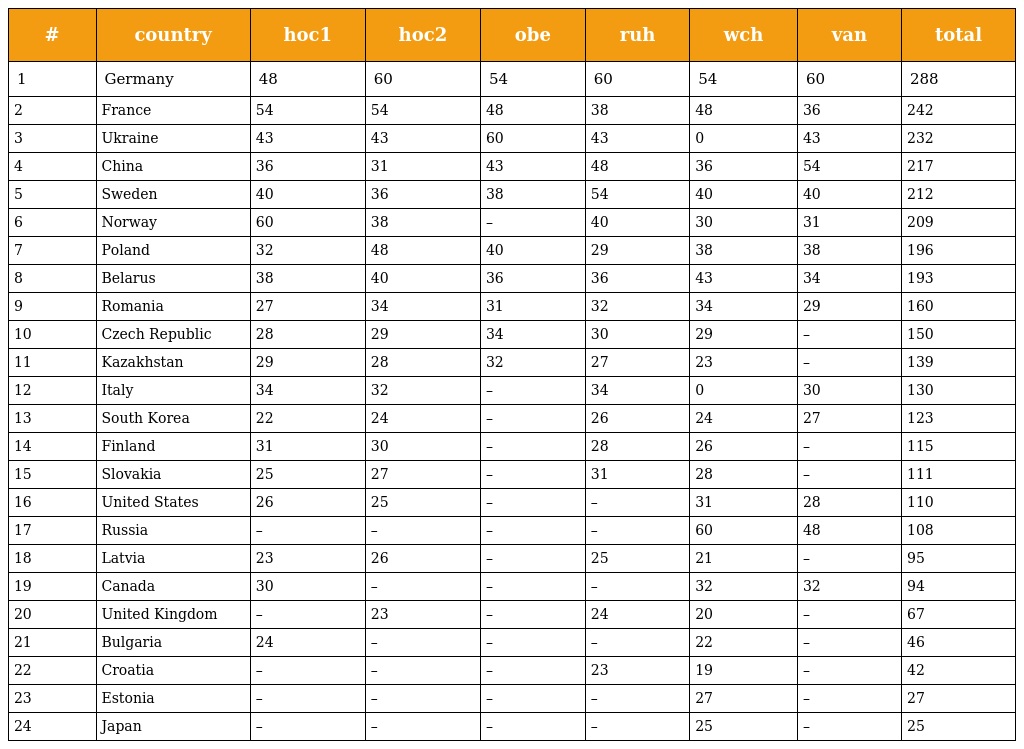
| # | country | hoc1 | hoc2 | obe | ruh | wch | van | total |
 | --- | --- | --- | --- | --- | --- | --- | --- | --- |
 | 1 | Germany | 48 | 60 | 54 | 60 | 54 | 60 | 288 |
 | 2 | France | 54 | 54 | 48 | 38 | 48 | 36 | 242 |
 | 3 | Ukraine | 43 | 43 | 60 | 43 | 0 | 43 | 232 |
 | 4 | China | 36 | 31 | 43 | 48 | 36 | 54 | 217 |
 | 5 | Sweden | 40 | 36 | 38 | 54 | 40 | 40 | 212 |
 | 6 | Norway | 60 | 38 | – | 40 | 30 | 31 | 209 |
 | 7 | Poland | 32 | 48 | 40 | 29 | 38 | 38 | 196 |
 | 8 | Belarus | 38 | 40 | 36 | 36 | 43 | 34 | 193 |
 | 9 | Romania | 27 | 34 | 31 | 32 | 34 | 29 | 160 |
 | 10 | Czech Republic | 28 | 29 | 34 | 30 | 29 | – | 150 |
 | 11 | Kazakhstan | 29 | 28 | 32 | 27 | 23 | – | 139 |
 | 12 | Italy | 34 | 32 | – | 34 | 0 | 30 | 130 |
 | 13 | South Korea | 22 | 24 | – | 26 | 24 | 27 | 123 |
 | 14 | Finland | 31 | 30 | – | 28 | 26 | – | 115 |
 | 15 | Slovakia | 25 | 27 | – | 31 | 28 | – | 111 |
 | 16 | United States | 26 | 25 | – | – | 31 | 28 | 110 |
 | 17 | Russia | – | – | – | – | 60 | 48 | 108 |
 | 18 | Latvia | 23 | 26 | – | 25 | 21 | – | 95 |
 | 19 | Canada | 30 | – | – | – | 32 | 32 | 94 |
 | 20 | United Kingdom | – | 23 | – | 24 | 20 | – | 67 |
 | 21 | Bulgaria | 24 | – | – | – | 22 | – | 46 |
 | 22 | Croatia | – | – | – | 23 | 19 | – | 42 |
 | 23 | Estonia | – | – | – | – | 27 | – | 27 |
 | 24 | Japan | – | – | – | – | 25 | – | 25 |